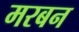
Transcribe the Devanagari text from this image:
मरबन